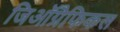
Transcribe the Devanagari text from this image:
जिऑग्रैफिकल